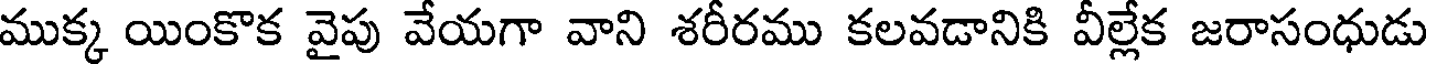
ముక్క యింకొక వైపు వేయగా వాని శరీరము కలవడానికి వీల్లేక జరాసంధుడు